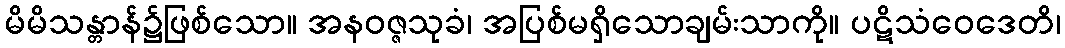
မိမိသန္တာန်၌ဖြစ်သော။ အနဝဇ္ဇသုခံ၊ အပြစ်မရှိသောချမ်းသာကို။ ပဋိသံဝေဒေတိ၊